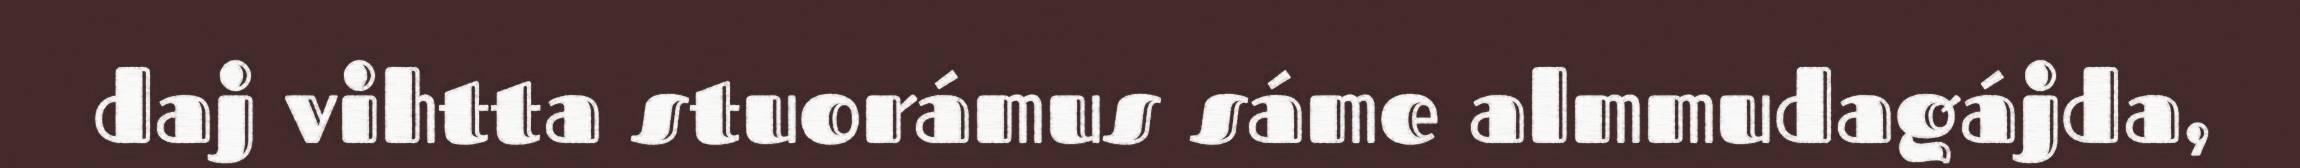
daj vihtta stuorámus sáme almmudagájda,